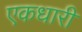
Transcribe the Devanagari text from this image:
एकधारी